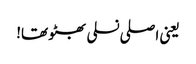
یعنی اصلی نسلی بھٹو تھا!